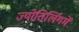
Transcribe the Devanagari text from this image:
ज्योतिर्लिगमें